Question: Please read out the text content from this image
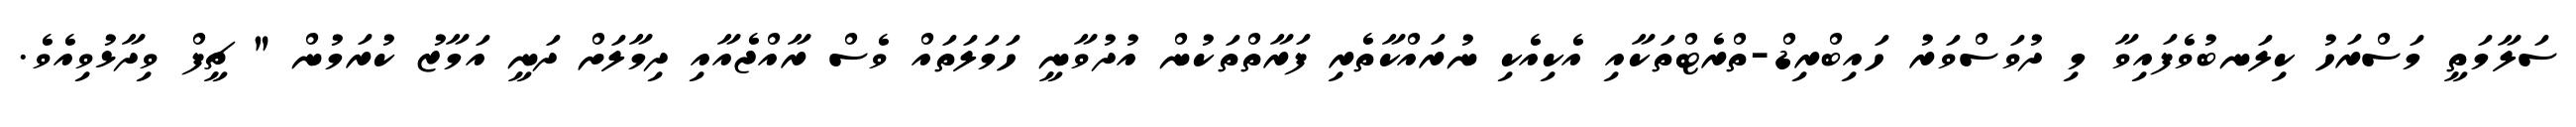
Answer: ސަލާމަތީ މަސްރަހު ކިލަނބުވެފައިވާ މި ދުވަސްވަރު ހައިބްރިޑް-ތްރެޓްތަކާއި އެކިއެކި ނުރައްކާތެރި ފަރާތްތަކުން އުދުވާނީ ހަމަލަތައް ވެސް ރާއްޖެއާއި ދިމާލަށް ދަނީ އަމާޒު ކުރަމުން " ޗީފް ވިދާޅުވިއެވެ.